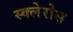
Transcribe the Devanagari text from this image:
स्क्लेरोस